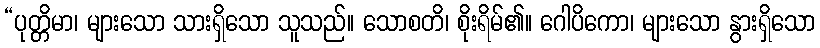
“ပုတ္တိမာ၊ များသော သားရှိသော သူသည်။ သောစတိ၊ စိုးရိမ်၏။ ဂေါပိကော၊ များသော နွားရှိသော